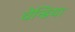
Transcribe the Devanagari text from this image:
वेन्डिया